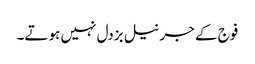
فوج کے جرنیل بزدل نہیں ہوتے۔